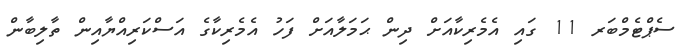
ސެޕްޓެމްބަރ 11 ގައި އެމެރިކާއަށް ދިން ޙަމަލާއަށް ފަހު އެމެރިކާގެ އަސްކަރިއްޔާއިން ތާލިބާން